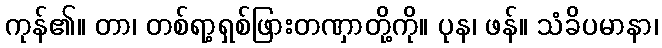
ကုန်၏။ တာ၊ တစ်ရာ့ရှစ်ဖြားတဏှာတို့ကို။ ပုန၊ ဖန်။ သံခိပမာနာ၊